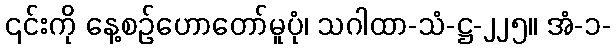
၎င်းကို နေ့စဉ်ဟောတော်မူပုံ၊ သဂါထာ-သံ-ဋ္ဌ-၂၂၅။ အံ-၁-